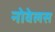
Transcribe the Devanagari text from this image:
नोवेलस